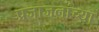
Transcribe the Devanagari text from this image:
प्रजाजनांच्या